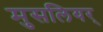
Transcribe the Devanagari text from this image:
मुसलियर्